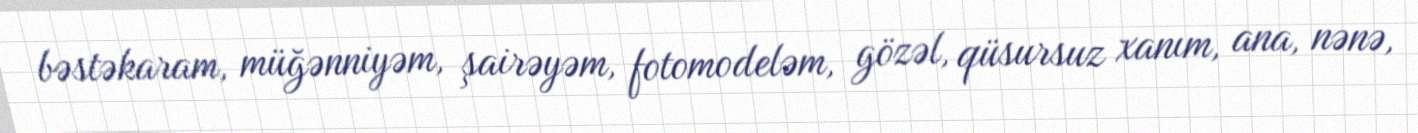
bəstəkaram, müğənniyəm, şairəyəm, fotomodeləm, gözəl, qüsursuz xanım, ana, nənə,